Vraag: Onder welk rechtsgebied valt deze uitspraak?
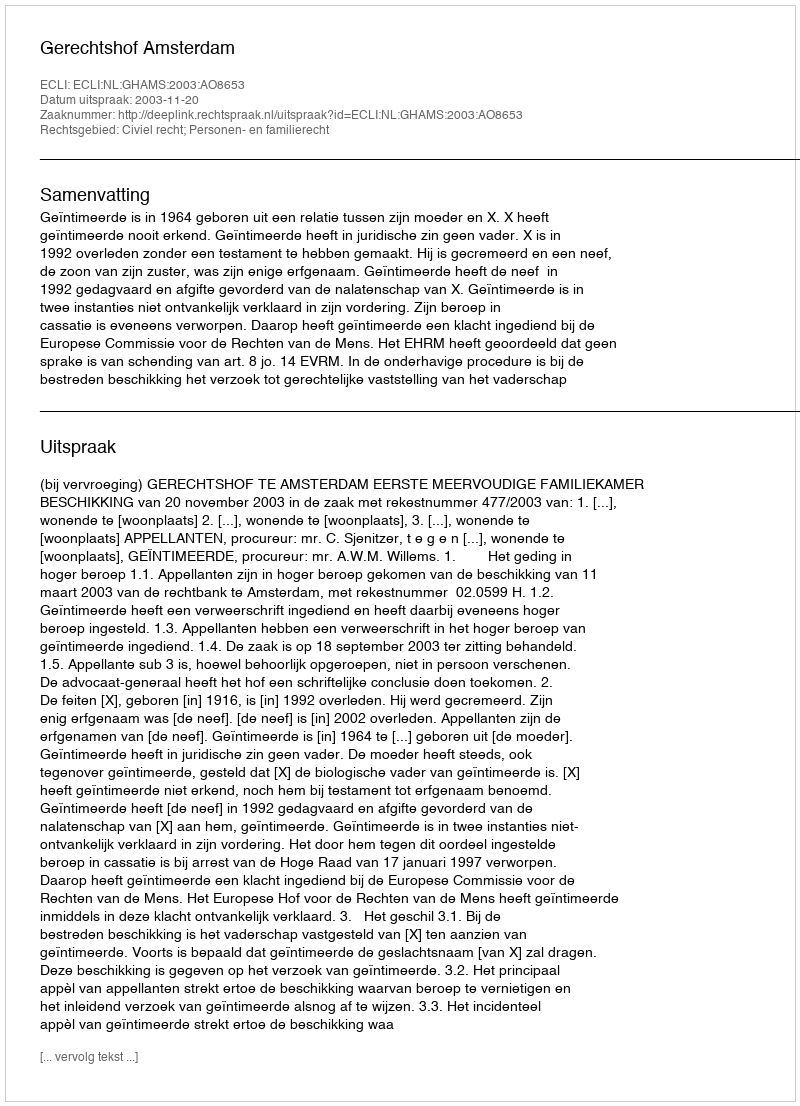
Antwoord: Civiel recht; Personen- en familierecht